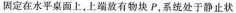
固定在水平桌面上，上端放有物块P，系统处于静止状